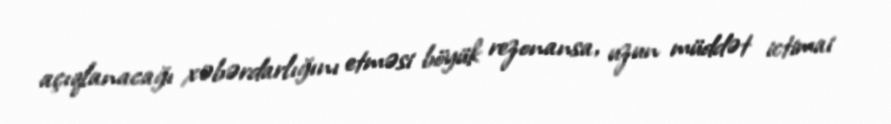
açıqlanacağı xəbərdarlığını etməsi böyük rezonansa, uzun müddət ictimai